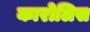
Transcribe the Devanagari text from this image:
कारोलिस